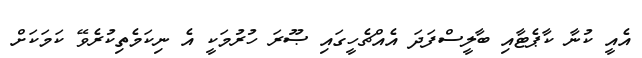
އެއީ ކުނާ ކާޕެޓާއި ބާލީސްފަދަ އެއްޗެހީގައި ޞޫރަ ހުރުމަކީ އެ ނިކަމެތިކުރެވޭ ކަމަކަށް